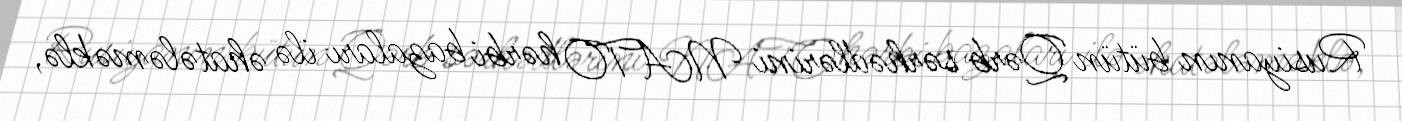
Rusiyanın bütün Qərb sərhədlərini NATO hərbi bazaları ilə əhatələməklə,